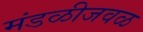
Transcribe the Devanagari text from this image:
मंडळीजवळ